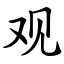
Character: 观